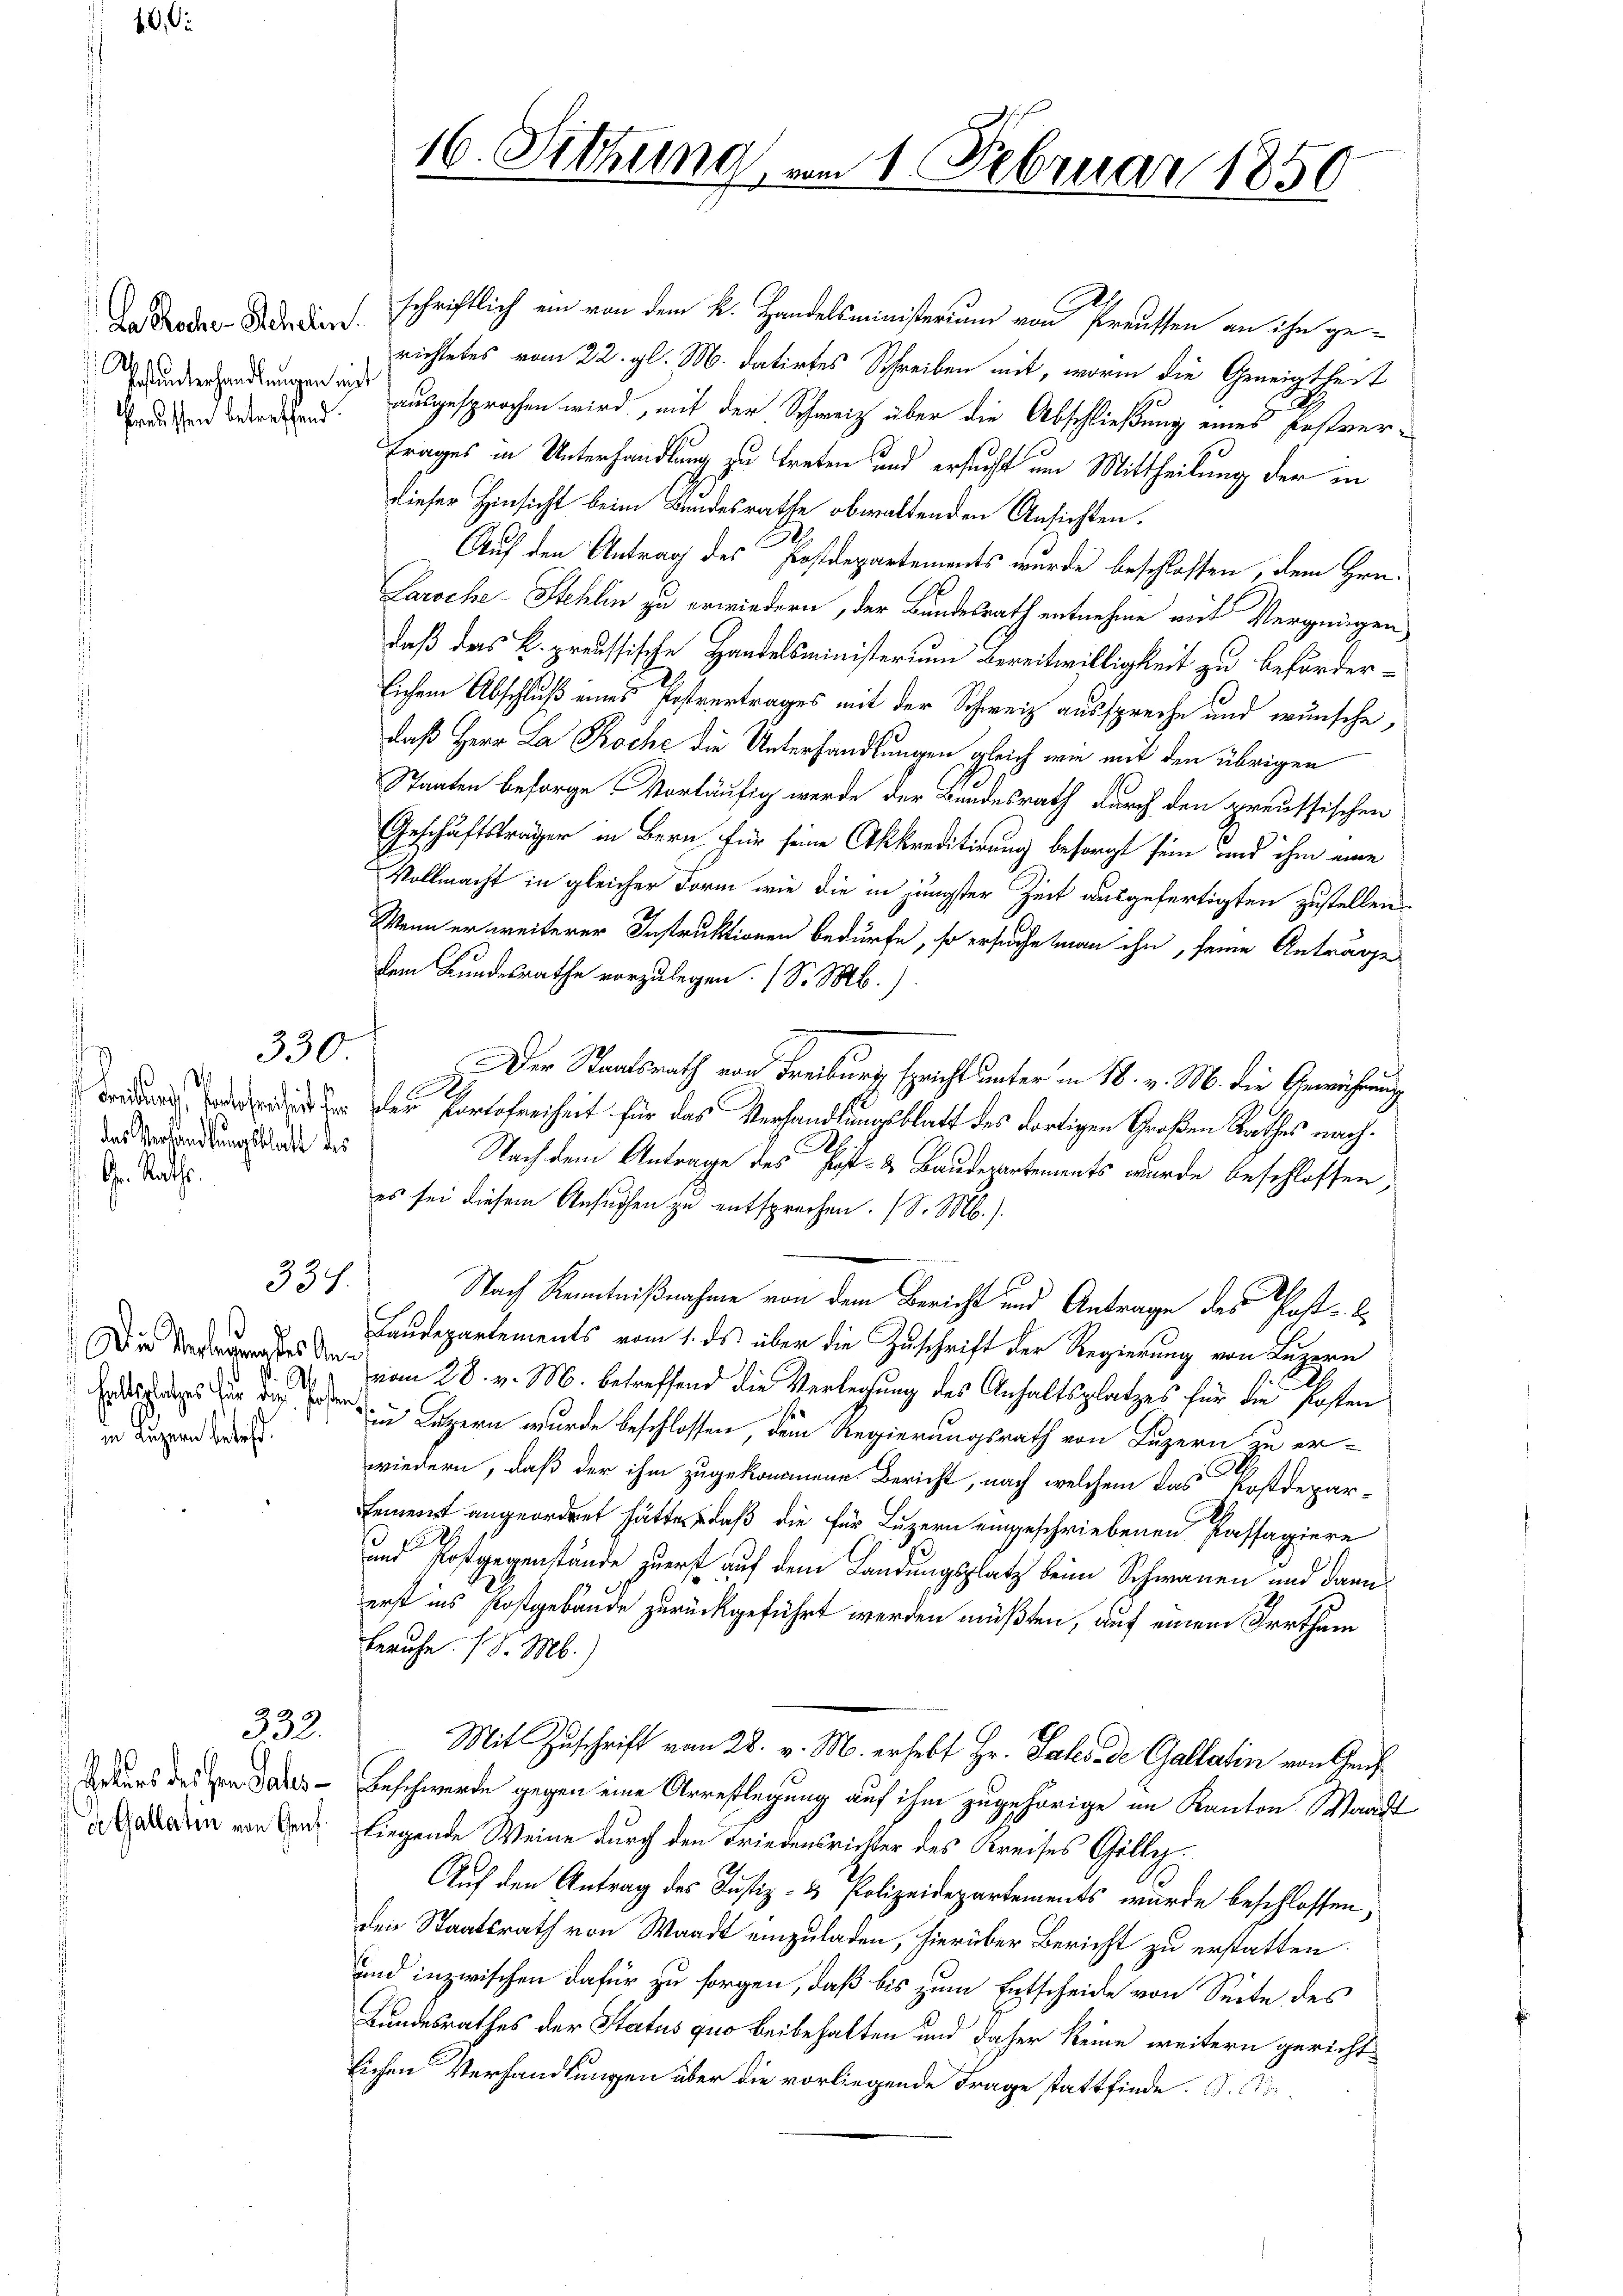
40. Di

Da Rochen Schelin.

Haß unterhandlungen mit
Praussen betreffend

das Verhandlungsblatt des
Gr. Raths.

Die Verlegung des Ans
Haltplatzes für das Posten
in Luzern betr.

337.

332.

ebens des han Pales
de. Gallatin von Genf.

schriftlich ein von dem k. Handelsministerium von Preussen an ihn gerichtetes vom 22. gl. M. datirtes Schreiben mit, worin die Geneigtheit
ausgesprochen wird, mit der Schweiz über die Abschließung eines Erstvertrages in Unterhandlung zu treten und ersucht um Mittheilung der in
dieser Hinsicht beim Bundesrathe obwaltenden Ansichten.
Auf den Antrag des Postdepartements wurde beschlossen, dem Hrn.
Paroche-Stehlin zu erwiedern, der Bundesrath entnehme mit Vergnügen,
daß das k. preussische Handelsministerium Bereitwilligkeit zu beförderlichem Abschluß eines Postvertrages mit der Schweiz ausspreche und wünsche,
daß Herr La Roche die Unterhandlungen gleich wie mit den übrigen
Staaten besorge Vorläufig werde der Bundesrath durch den preussischen
Geschäftsträger in Bern für seine Akkreditirung besorgt sein und ihm eine
Vollmacht in gleicher Form wie die in jüngster Zeit ausgefertigten zustellen
Wenn er weiterer Instruktionen bedürfe, so ersuche man ihn, seine Anträge
dem Bundesrathe vorzulegen. (S. M.)
330. Der Staatsrath von Freiburg spricht unter in 18. v. M. die Gemühung
 Den Vortefreiheit für das Verhandlungsblatt des dortigen Großen Rathes nach.
Nach dem Antrage des Post- & Baudepartements wurde beschlossen,
es sei diesem Ansuchen zu entsprechen. (S. M.).
Nach Kenntnißnahme von dem Bericht und Antrage des Post-
Laudepartements vom 1. ds über die Zuschrift der Regierung von Luzern
vom 28. v. M. betreffend die Verlegung des Anhaltsplatzes für die Kosten
in Luzern wurde beschlossen, dem Regierungsrath von Luzern zu er-
wiedern, daß der ihm zugekommene Bericht, nach welchem das Kostdepar-
Feierst angeordnet hätte, daß die für Luzern eingeschriebenen Passagiere
3
und Postgegenstände zuerst auf dem Landungsplatz beim Schwanen und dann
erst ins Kostgebäude zurückgeführt werden müßten, auf einem Irrthum
Beruhe. 1 d. M.)
Mit Zuschrift von 28. v. M. erhebt Hr. Pales de Gallatin von Genf
Beschwerde gegen eine Arrestlegung auf ihm zugehörige im Kanton Waadt
liegende Weine durch den Friedensrichter des Kreises Gilli¬
Auf den Antrag des Justiz- & Polizeidepartements wurde beschlossen,
den Staatsrath von Waadt einzuladen, hierüber Bericht zu erstatten
und inzwischen dafür zu sorgen, daß bis zum Entscheide von Seite des
Bundesrathes der Status quo beibehalten und daher keine weitern gerichtlichen Verhandlungen über die vorliegende Frage stattfinde. F. Sta¬

1
16. Sitzung am 1. Februar 1850